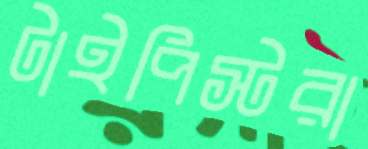
টাইপিস্টরা